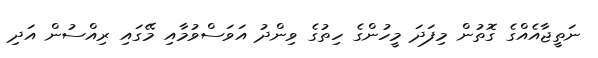
ނަތީޖާއެއްގެ ގޮތުން މިފަދަ މީހުންގެ ހިތުގެ ވިންދު އަވަސްވުމާއި މޭގައި ރިއްސުން އަދި